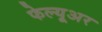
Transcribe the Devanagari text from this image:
फेल्यूअर